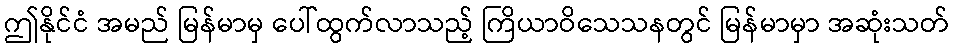
ဤနိုင်ငံ အမည် မြန်မာမှ ပေါ်ထွက်လာသည့် ကြိယာဝိသေသနတွင် မြန်မာမှာ အဆုံးသတ်